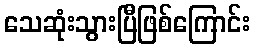
သေဆုံးသွားပြီဖြစ်ကြောင်း